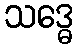
သဒ္ဓေ